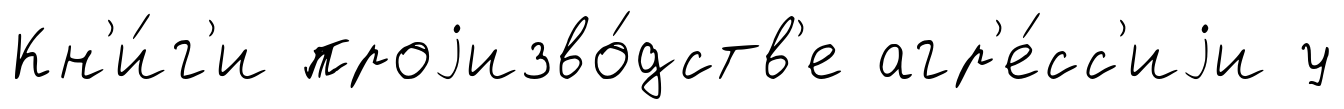
Кн'и́г'и проjизво́дств'е агр'е́сс'иjи у